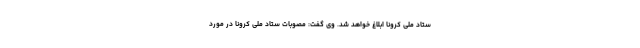
ستاد ملی کرونا ابلاغ خواهد شد. وی گفت: مصوبات ستاد ملی کرونا در مورد